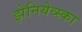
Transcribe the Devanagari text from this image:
झेनियेव्स्का